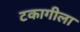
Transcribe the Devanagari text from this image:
टकागीला